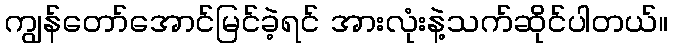
ကျွန်တော်အောင်မြင်ခဲ့ရင် အားလုံးနဲ့သက်ဆိုင်ပါတယ်။